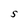
Character: S